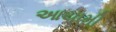
આયામી